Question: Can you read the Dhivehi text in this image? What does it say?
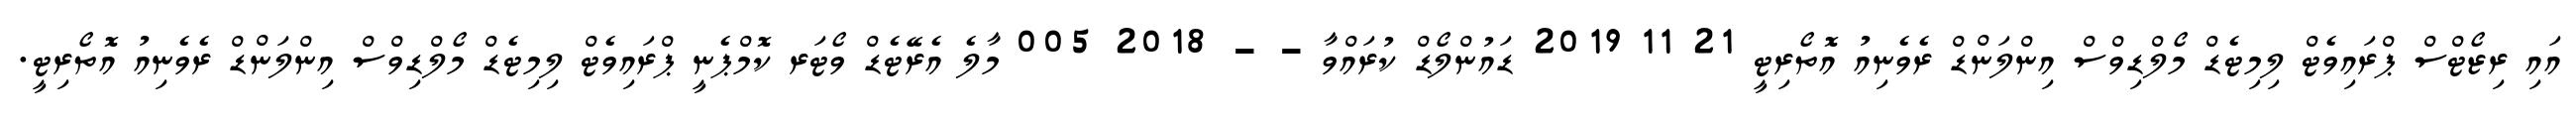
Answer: އައި ރިޒޯޓްސް ޕްރައިވެޓް ލިމިޓެޑް މޯލްޑިވްސް އިންލަންޑް ރެވެނިއު އޮތޯރިޓީ 21 11 2019 ޑައުންލޯޑް ކުރައްވާ - - 2018 005 މާލެ އެރޭޓެޑް ވޯޓަރ ކޮމްޕެނީ ޕްރައިވެޓް ލިމިޓެޑް މޯލްޑިވްސް އިންލަންޑް ރެވެނިއު އޮތޯރިޓީ.